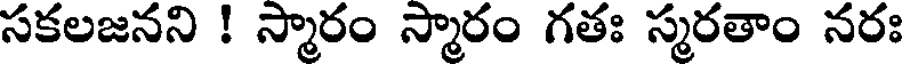
సకలజనని ! స్మారం స్మారం గతః స్మరతాం నరః